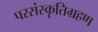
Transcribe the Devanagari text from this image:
परसंस्कृतिग्रहण